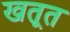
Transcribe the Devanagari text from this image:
खतूत